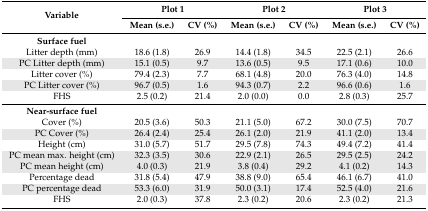
| <ROWSPAN=2> Variable | <COLSPAN=2> Plot 1 | <COLSPAN=2> Plot 2 | <COLSPAN=2> Plot 3 |
 | Mean (s.e.) | CV (%) | Mean (s.e.) | CV (%) | Mean (s.e.) | CV (%) |
 | --- | --- | --- | --- | --- | --- | --- |
 | Surface fuel |  |  |  |  |  |  |
 | Litter depth (mm) | 18.6 (1.8) | 26.9 | 14.4 (1.8) | 34.5 | 22.5 (2.1) | 26.6 |
 | PC Litter depth (mm) | 15.1 (0.5) | 9.7 | 13.6 (0.5) | 9.5 | 17.1 (0.6) | 10.0 |
 | Litter cover (%) | 79.4 (2.3) | 7.7 | 68.1 (4.8) | 20.0 | 76.3 (4.0) | 14.8 |
 | PC Litter cover (%) | 96.7 (0.5) | 1.6 | 94.3 (0.7) | 2.2 | 96.6 (0.6) | 1.6 |
 | FHS | 2.5 (0.2) | 21.4 | 2.0 (0.0) | 0.0 | 2.8 (0.3) | 25.7 |
 | Near-surface fuel |  |  |  |  |  |  |
 | Cover (%) | 20.5 (3.6) | 50.3 | 21.1 (5.0) | 67.2 | 30.0 (7.5) | 70.7 |
 | PC Cover (%) | 26.4 (2.4) | 25.4 | 26.1 (2.0) | 21.9 | 41.1 (2.0) | 13.4 |
 | Height (cm) | 31.0 (5.7) | 51.7 | 29.5 (7.8) | 74.3 | 49.4 (7.2) | 41.4 |
 | PC mean max. height (cm) | 32.3 (3.5) | 30.6 | 22.9 (2.1) | 26.5 | 29.5 (2.5) | 24.2 |
 | PC mean height (cm) | 4.0 (0.3) | 21.9 | 3.8 (0.4) | 29.2 | 4.1 (0.2) | 14.3 |
 | Percentage dead | 31.8 (5.4) | 47.9 | 38.8 (9.0) | 65.4 | 46.1 (6.7) | 41.0 |
 | PC percentage dead | 53.3 (6.0) | 31.9 | 50.0 (3.1) | 17.4 | 52.5 (4.0) | 21.6 |
 | FHS | 2.0 (0.3) | 37.8 | 2.3 (0.2) | 20.6 | 2.3 (0.2) | 21.3 |